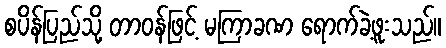
စပိန်ပြည်သို့ တာဝန်ဖြင့် မကြာခဏ ရောက်ခဲ့ဖူးသည်။